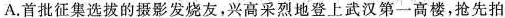
A.首批征集选拔的摄影发烧友，兴高采烈地登上武汉第一高楼，抢先拍